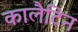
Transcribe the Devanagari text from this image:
कालैटिन